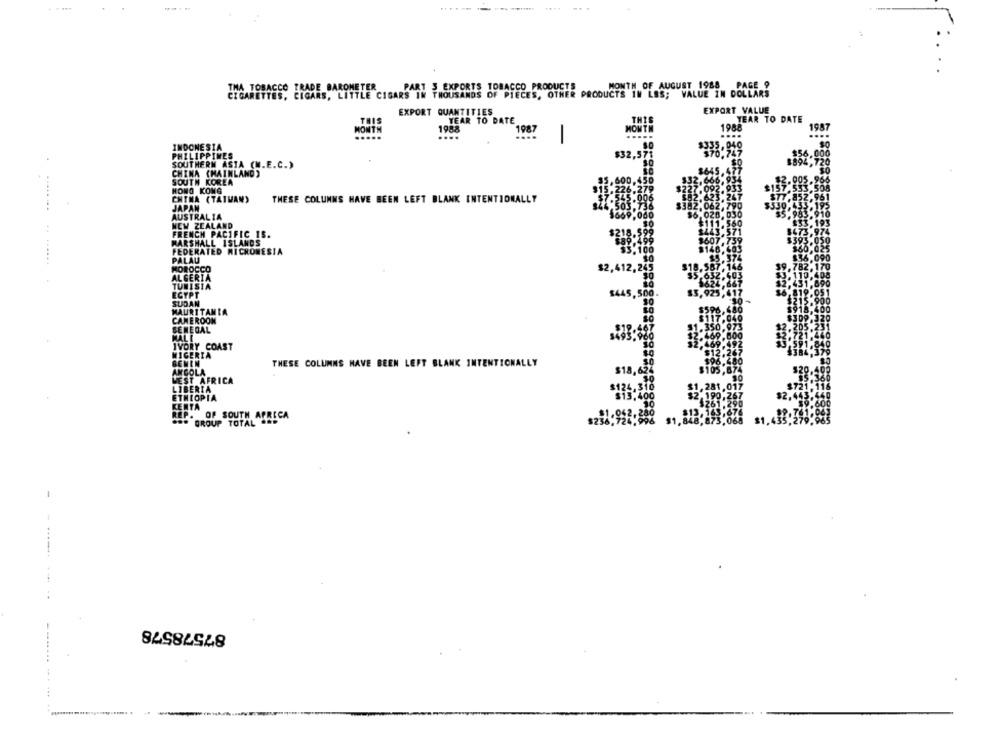
TRADE BAROMETER
PART 3 EXPORTS TOBACCO PRODUCTS
MONTH OF AUGUST 1988 PAGE 9
CIGARETTES, CIGARS, LITTLE CIGARS IN THOUSANDS OF PIECES, OTHER PRODUCTS IN LES; VALUE IN DOLLARS
EXPORT QUANTITIES
EXPORT VALUE
THI
YEAR TO DATE
THIS
YEAR TO DATE
1988
HOWT
198
1987
MONTH
.....
...
-
1.040
INDONESIA
PHILIPPINES
SOUTHERN ASTA (M.E.C.)
CHINA (MAINLAND)
SOUTH KOREA
HONG KONG
CNTMA (TATVAN)
THESE COLUMNS HAVE BEEN LEFT BLANK INTENTIONALLY
JAPAN
AUSTRALIA
NEW ZEALAND
FRENCH PACIFIC IS.
MARSHALL ISLANDS
FEDERATED MICRONESIA
PALAU
MOROCCO
$2,412
ALGERIA
TUNISIA
EGYPT
844
SUDAN
MAURITANIA
CAMEROON
SENEGAL
MALE
IVORY COAST
MIGERIA
GEMEN
THESE COLUMNS HAVE BEEN LEFT BLANK INTENTIONALLY
ANGOLA
WEST AFRICA
LIBERIA
ETHIOPIA
KERTA
REP. OF SOUTH AFRICA
...
GROUP TOTAL ...
87578578
......
-